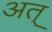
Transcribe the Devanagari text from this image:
अत्‌